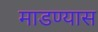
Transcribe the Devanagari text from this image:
माडण्यास